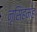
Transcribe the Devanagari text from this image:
नृसिंहमहं